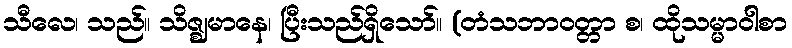
သီလေ၊ သည်။ သိဇ္ဈမာနေ၊ ပြီးသည်ရှိသော်။ (တံသဘာဝတ္တာ စ၊ ထိုသမ္မာဝါစာ